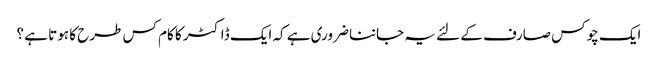
ایک چوکس صارف کے لئے یہ جاننا ضروری ہے کہ ایک ڈاکٹر کا کام کس طرح کا ہوتا ہے ؟